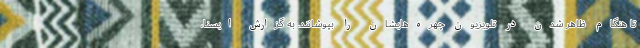
تا هنگام ظاهر شدن در تلویزیون چهره‌هایشان را بپوشانند. به گزارش ایسنا،